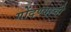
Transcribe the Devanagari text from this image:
गोंदण्याची